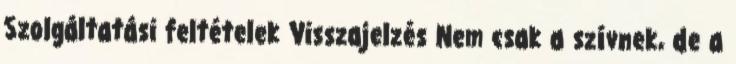
Szolgáltatási feltételek Visszajelzés Nem csak a szívnek, de a